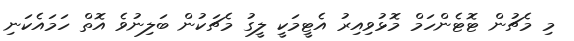
މި މެޗުން ޓޮޓެންހަމް މޮޅުވިއިރު އެޓީމަކީ ލީގު މެޗަކުން ބަލިނުވެ އޮތް ހަމައެކަނި